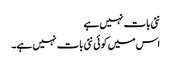
نئی بات نہیں ہے
اس میں کوئی نئی بات نہیں ہے۔